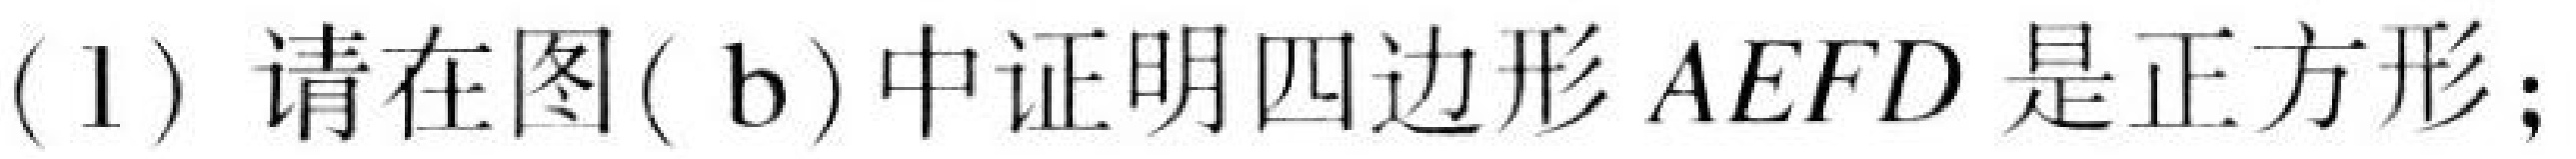
(1) 请在图( b)中证明四边形\(AEFD\)是正方形；